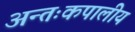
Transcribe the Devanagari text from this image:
अन्तःकपालीय